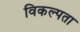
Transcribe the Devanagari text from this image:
विकल्पता